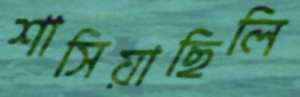
শাসিয়াছিলি